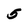
Character: 5